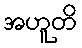
အဟူတိ